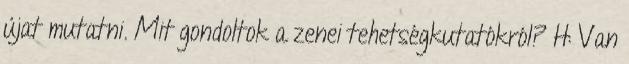
újat mutatni. Mit gondoltok a zenei tehetségkutatókról? H: Van